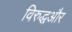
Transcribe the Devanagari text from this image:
विरुद्धऔर